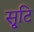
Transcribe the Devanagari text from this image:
सृ्टि